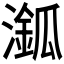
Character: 𣿿